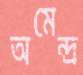
অমেন্দ্র